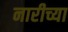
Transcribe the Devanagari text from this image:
नारीच्या